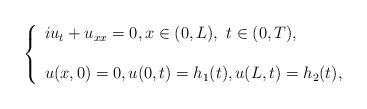
LaTeX: \begin{align*}\left \{ \begin{array}{l} iu_t + u_{xx}=0, x\in (0,L), \ t\in (0,T), \\ \\ u(x,0)=0, u(0,t)=h_1 (t), u(L,t) =h_2(t),\end{array} \right. \end{align*}